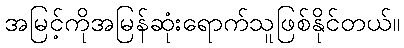
အမြင့်ကိုအမြန်ဆုံးရောက်သူဖြစ်နိုင်တယ်။